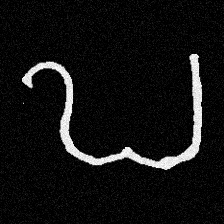
Pyu character \u2014 Myanmar letter: ဎ (romanized: ddha)